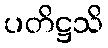
ပတိဋ္ဌသိ